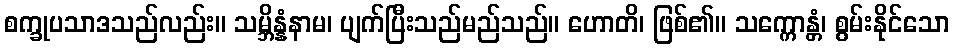
စက္ခုပသာဒသည်လည်း။ သမ္ဘိန္နံနာမ၊ ပျက်ပြီးသည်မည်သည်။ ဟောတိ၊ ဖြစ်၏။ သက္ကောန္တံ၊ စွမ်းနိုင်သော